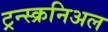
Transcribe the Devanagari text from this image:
ट्रन्स्क्रनिअल